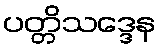
ပတ္တိသဒ္ဒေန